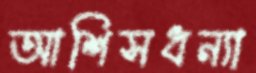
আশিসধন্যা